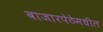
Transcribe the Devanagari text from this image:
बाजारपेठेमधील